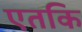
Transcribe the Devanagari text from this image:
एतकि